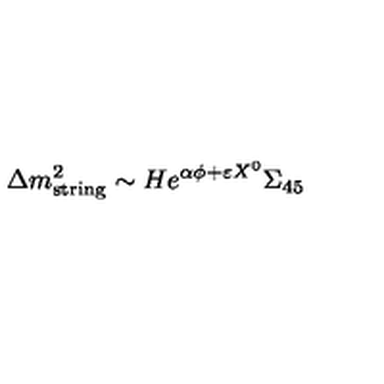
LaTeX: \Delta m _ { \mathrm { s t r i n g } } ^ { 2 } \sim H e ^ { \alpha \phi + \varepsilon X ^ { 0 } } \Sigma _ { 4 5 }